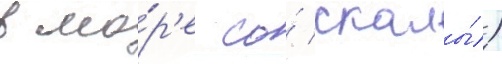
в мо́р'е со́ скалы́)